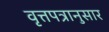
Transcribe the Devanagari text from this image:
वृत्तपत्रानुसार